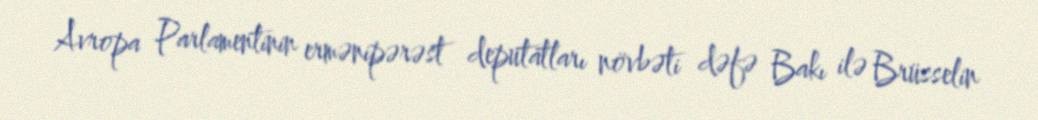
Avropa Parlamentinin ermənipərəst deputatları növbəti dəfə Bakı ilə Brüsselin